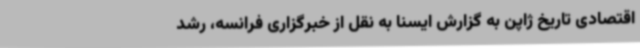
اقتصادی تاریخ ژاپن به گزارش ایسنا به نقل از خبرگزاری فرانسه، رشد